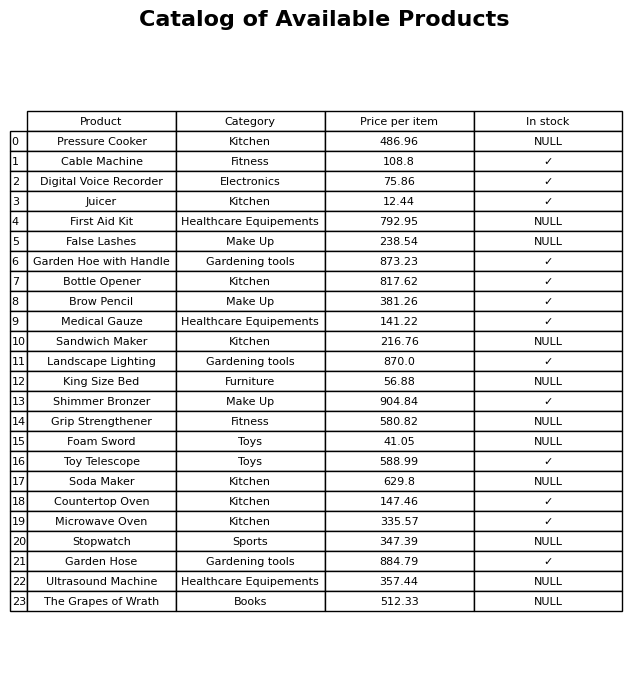
question: Is the Grip Strengthener in stock?
answer: NULL